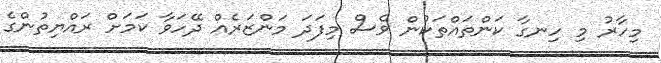
މިހާރު މި ހިނގާ ކަންތައްތަކުން ވެސް މިފަދަ މަންޒަރެއް ދޭހަވާ ކަމަށް ރައްޔިތުންގެ